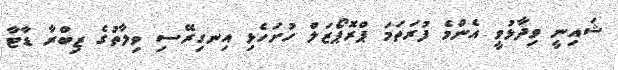
ޝައިނީ ވިދާޅުވީ އެންމެ ފުރަތަަމަ ޕްރޮޕޯޒަލް ހުށަހެޅި އިނގިރޭސި ވިލާތުގެ ޒިބްރާ ޑާޓާ